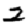
Digit: 2